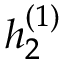
h _ { 2 } ^ { ( 1 ) }